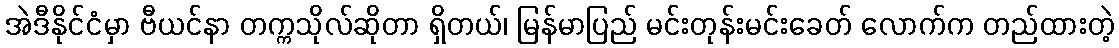
အဲဒီနိုင်ငံမှာ ဗီယင်နာ တက္ကသိုလ်ဆိုတာ ရှိတယ်၊ မြန်မာပြည် မင်းတုန်းမင်းခေတ် လောက်က တည်ထားတဲ့